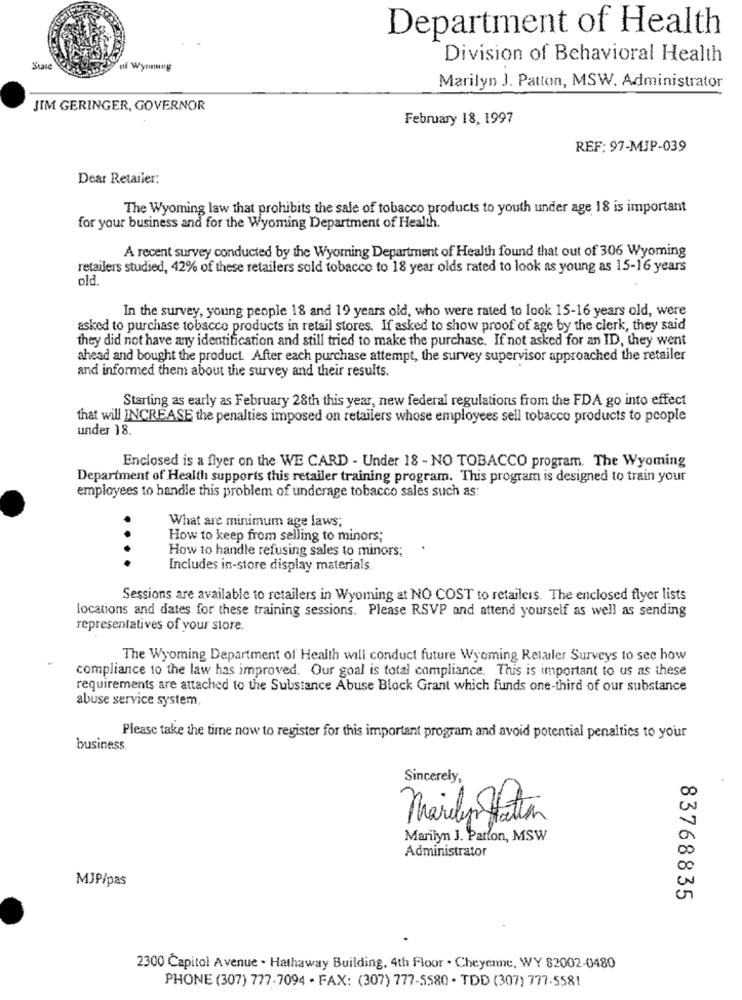
Department of Health
Division of Behavioral Health
State
of Wyrmung
Marilyn J. Patton, MSW. Administrator
JIM GERINGER, GOVERNOR
February 18, 1997
REF: 97-MJP-039
Dear Retailer:
The Wyoming law that prohibits the sale of tobacco products to youth under age 18 is important
for your business and for the Wyoming Department of Health.
A recent survey conducted by the Wyoming Department of Health found that out of 306 Wyoming
retailers studied, 42% of these retailers sold tobacco to 18 year olds rated to look as young as 15-16 years
old
In the survey, young people 18 and 19 years old, who were rated to look 15-16 years old, were
asked to purchase tobacco products in retail stores. If asked to show proof of age by the clerk, they said
they did not have any identification and still tried to make the purchase. If not asked for an ID, they went
ahead and bought the product. After each purchase attempt, the survey supervisor approached the retailer
and informed them about the survey and their results.
Starting as early as February 28th this year, new federal regulations from the FDA go into effect
that will INCREASE the penalties imposed on retailers whose employees sell tobacco products to people
under 18.
Enclosed is a flyer on the WE CARD - Under 18 - NO TOBACCO program. The Wyoming
Department of Health supports this retailer training program. This program is designed to train your
employees to handle this problem of underage tobacco sales such as:
What are minimum age laws;
How to keep from selling to minors;
How to handle refusing sales to minors;
....
Includes in-store display materials
Sessions are available to retailers in Wyoming at NO COST to retailers. The enclosed flyer lists
locations and dates for these training sessions. Please RSVP and attend yourself as well as sending
representatives of your store.
The Wyoming Department of Health will conduct future Wyoming Retailer Surveys to see how
compliance to the law has improved. Our goal is total compliance. This is important to us as these
requirements are attached to the Substance Abuse Block Grant which funds one-third of our substance
abuse service system
Please take the time now to register for this important program and avoid potential penalties to your
business
Sincerely,
Marilyn Hatten
Marilyn J. Patton, MSW
Administrator
MJP/pas
83768835
2300 Capitol Avenue . Hathaway Building, 4th Floor . Cheyenne, WY 82002-0480
PHONE (307) 777-7094 - FAX: (307) 777-5580 - TDD (307) 777-5581